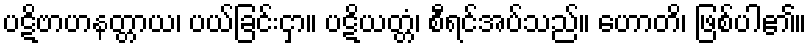
ပဋိဗာဟနတ္တာယ၊ ပယ်ခြင်းငှာ။ ပဋိယတ္တံ၊ စီရင်အပ်သည်။ ဟောတိ၊ ဖြစ်ပါ၏။